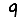
Digit: 9